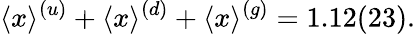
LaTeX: \langle x\rangle^{(u)}+\langle x\rangle^{(d)}+\langle x\rangle^{(g)}=1.12(23).